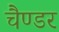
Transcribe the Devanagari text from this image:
चैण्डर